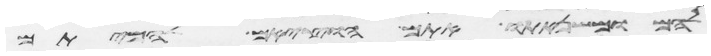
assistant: להם ומשנאתו אתם הוציאם להמיתם